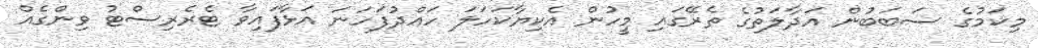
މިކަމުގެ ސަބަބުން އަދާލަތުގެ ތެރޭގައި މީހުން އެކިޔާކަހަލަ ހައްދުފަހަނަ އަޅާފައިވާ ޓެރެރިސްޓު ވިންގެއް